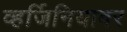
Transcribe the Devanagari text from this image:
व्हर्जिनियावर